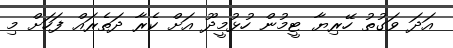
އަދަ ވަގުތު ހޭރިޔާ ޓީމުން ހުޅުމީދޫ އަށް ކެރާ ދަތެރައް ފަހަށް މި